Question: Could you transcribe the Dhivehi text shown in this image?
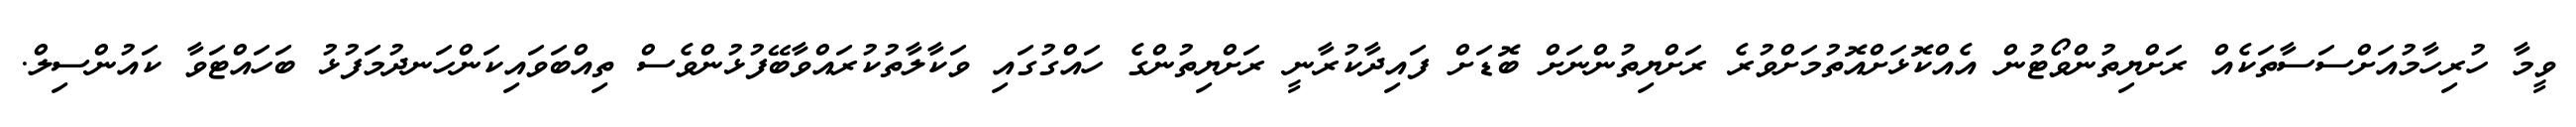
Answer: ވީމާ ހުރިހާމުއަށްސަސާތަކެއް ރަށްޔިތުންވޯޓުން އެއްކޮޅަށްއޮތުމަށްވުރެ ރަށްޔިތުންނަށް ބޮޑަށް ފައިދާކުރާނީ ރަށްޔިތުންގެ ހައްގުގައި ވަކާލާތުކުރައްވާބޭފުޅުންވެސް ތިއްބަވައިކަންހަނދުމަފުޅު ބަހައްޓަވާ ކައުންސިލް.